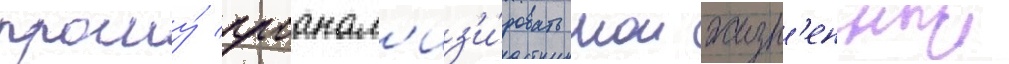
прошу́ проанал'из'и́ровать мои жизн'енныи